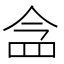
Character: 𮊀